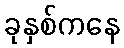
ခုနှစ်ကနေ